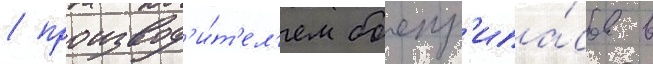
/ производ'и́т'ел'ем боепр'ипа́сов в